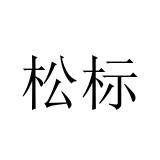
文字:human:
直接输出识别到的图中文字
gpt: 松标